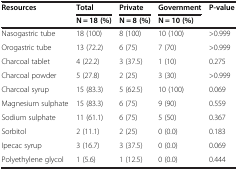
<table><thead><tr><td rowspan="2"><b>Resources</b></td><td><b>Total</b></td><td><b>Private</b></td><td><b>Government</b></td><td rowspan="2"><b>P-value</b></td></tr><tr><td><b>N = 18 (%)</b></td><td><b>N = 8 (%)</b></td><td><b>N = 10 (%)</b></td></tr></thead><tbody><tr><td>Nasogastric tube</td><td>18 (100)</td><td>8 (100)</td><td>10 (100)</td><td>&gt;0.999</td></tr><tr><td>Orogastric tube</td><td>13 (72.2)</td><td>6 (75)</td><td>7 (70)</td><td>&gt;0.999</td></tr><tr><td>Charcoal tablet</td><td>4 (22.2)</td><td>3 (37.5)</td><td>1 (10)</td><td>0.275</td></tr><tr><td>Charcoal powder</td><td>5 (27.8)</td><td>2 (25)</td><td>3 (30)</td><td>&gt;0.999</td></tr><tr><td>Charcoal syrup</td><td>15 (83.3)</td><td>5 (62.5)</td><td>10 (100)</td><td>0.069</td></tr><tr><td>Magnesium sulphate</td><td>15 (83.3)</td><td>6 (75)</td><td>9 (90)</td><td>0.559</td></tr><tr><td>Sodium sulphate</td><td>11 (61.1)</td><td>6 (75)</td><td>5 (50)</td><td>0.367</td></tr><tr><td>Sorbitol</td><td>2 (11.1)</td><td>2 (25)</td><td>0 (0.0)</td><td>0.183</td></tr><tr><td>Ipecac syrup</td><td>3 (16.7)</td><td>3 (37.5)</td><td>0 (0.0)</td><td>0.069</td></tr><tr><td>Polyethylene glycol</td><td>1 (5.6)</td><td>1 (12.5)</td><td>0 (0.0)</td><td>0.444</td></tr></tbody></table>